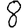
Digit: 8